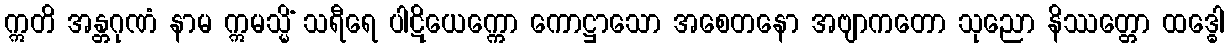
ဣတိ အန္တဂုဏံ နာမ ဣမသ္မိံ သရီရေ ပါဋိယေက္ကော ကောဋ္ဌာသော အစေတနော အဗျာကတော သုညော နိဿတ္တော ထဒ္ဓေါ